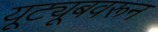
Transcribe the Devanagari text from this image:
यूट्यूबवरून